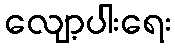
လျော့ပါးရေး